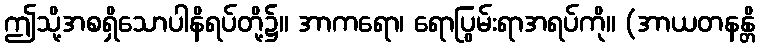
ဤသို့အစရှိသောပါနိရပ်တို့၌။ အာကရော၊ ရောပြွမ်းရာအရပ်ကို။ (အာယတနန္တိ